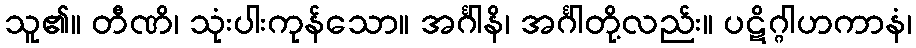
သူ၏။ တီဏိ၊ သုံးပါးကုန်သော။ အင်္ဂါနိ၊ အင်္ဂါတို့လည်း။ ပဋိဂ္ဂါဟကာနံ၊